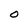
Character: O